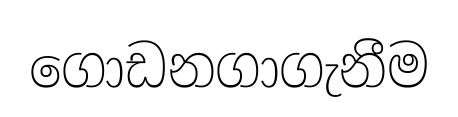
ගොඩනගාගැනීම